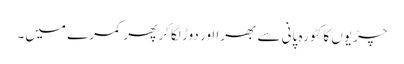
چڑیوں کا کٹورہ پانی سے بھرا اور دوڑ لگا کر پھر کمرے میں۔